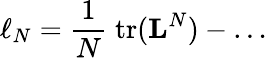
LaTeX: \ell_{N}=\frac{1}{N}\; \mathrm{tr}({\mathbf L}^{N})-\ldots